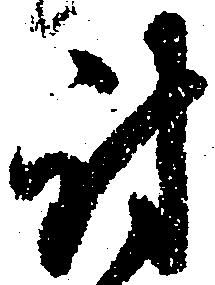
討